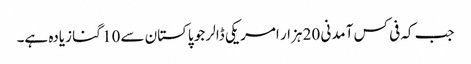
جب کہ فی کس آمدنی 20 ہزار امریکی ڈالر جو پاکستان سے 10 گنا زیادہ ہے۔